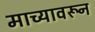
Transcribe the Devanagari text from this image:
माच्यावरून